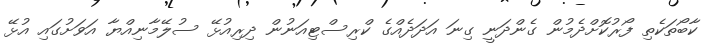
ކާބޯތަކެތި ފޯރުކޮށްދެމުން ގެންދަނީ ގިނަ އަދަދެއްގެ ކްރިސްޓިއަނުން ދިރިއުޅޭ ސުލޭމާނިއްޔާ އަވަށުގައި އުޅޭ